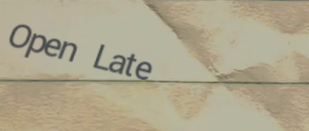
Open Late